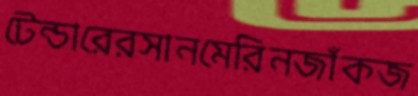
টেন্ডারেরসানমেরিনজাঁকজ